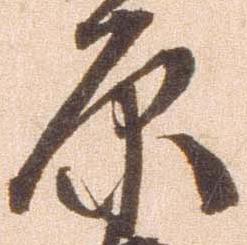
原